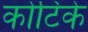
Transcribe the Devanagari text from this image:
कोटिके